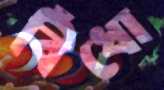
বিঁধো